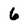
Character: 6